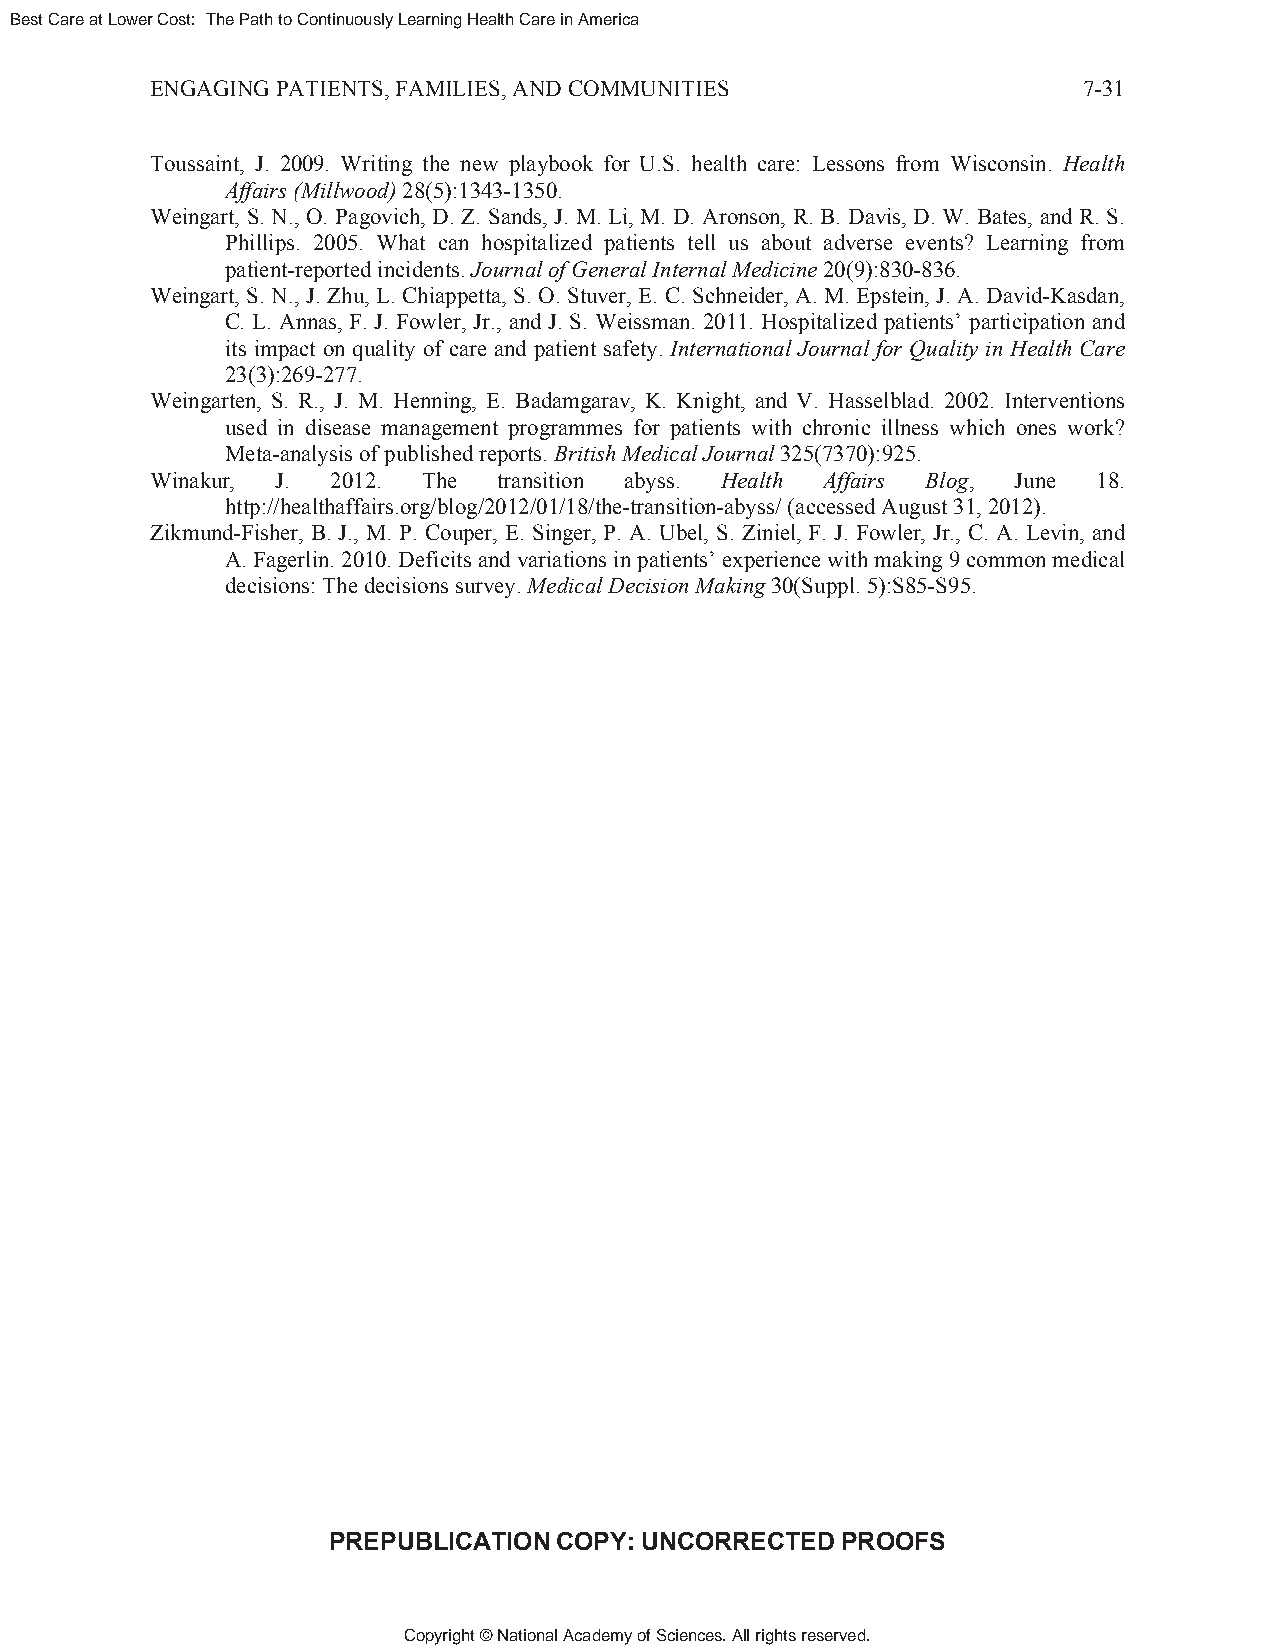
Best Care at Lower Cost: The Path to Continuously Learning Health Care in America
 ENGAGING PATIENTS, FAMILIES, AND COMMUNITIES                  7-31
 Toussaint, J. 2009. Writing the new playbook for U.S. health care: Lessons from Wisconsin. Health
 Affairs (Millwood) 28(5):1343-1350.
 Weingart, S. N., O. Pagovich, D. Z. Sands, J. M. Li, M. D. Aronson, R. B. Davis, D. W. Bates, and R. S.
 Phillips. 2005. What can hospitalized patients tell us about adverse events? Learning from
 patient-reported incidents. Journal of General Internal Medicine 20(9):830-836.
 Weingart, S. N., J. Zhu, L. Chiappetta, S. O. Stuver, E. C. Schneider, A. M. Epstein, J. A. David-Kasdan,
 C. L. Annas, F. J. Fowler, Jr., and J. S. Weissman. 2011. Hospitalized patients’ participation and
 its impact on quality of care and patient safety. International Journal for Quality in Health Care
 23(3):269-277.
 Weingarten, S. R., J. M. Henning, E. Badamgarav, K. Knight, and V. Hasselblad. 2002. Interventions
 used in disease management programmes for patients with chronic illness which ones work?
 Meta-analysis of published reports. British Medical Journal 325(7370):925.
 Winakur, J. 2012. The  transition abyss. Health Affairs Blog, June 18.
 http://healthaffairs.org/blog/2012/01/18/the-transition-abyss/ (accessed August 31, 2012).
 Zikmund-Fisher, B. J., M. P. Couper, E. Singer, P. A. Ubel, S. Ziniel, F. J. Fowler, Jr., C. A. Levin, and
 A. Fagerlin. 2010. Deficits and variations in patients’ experience with making 9 common medical
 decisions: The decisions survey. Medical Decision Making 30(Suppl. 5):S85-S95.
 PREPUBLICATION COPY: UNCORRECTED  PROOFS
 Copyright © National Academy of Sciences. All rights reserved.